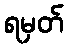
ရမှတ်